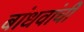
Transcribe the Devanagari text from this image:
बांधवांचीे